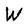
Character: W